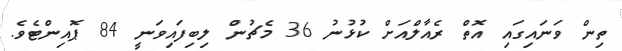
ތިން ވަނައިގައި އޮތް ރެއާލްއަށް ކުޅުނު 36 މެޗުން ލިބިފައިވަނީ 84 ޕޮއިންޓެވެ.